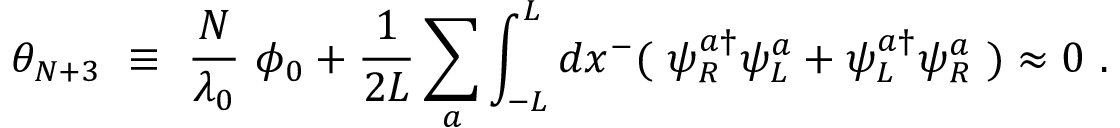
\theta _ { N + 3 } ~ \equiv ~ \frac { N } { \lambda _ { 0 } } ~ \phi _ { 0 } + \frac { 1 } { 2 L } \sum _ { a } \int _ { - L } ^ { L } d x ^ { - } ( ~ \psi _ { R } ^ { a \dag } \psi _ { L } ^ { a } + \psi _ { L } ^ { a \dag } \psi _ { R } ^ { a } ~ ) \approx 0 ~ .